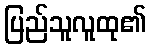
ပြည်သူလူထု၏